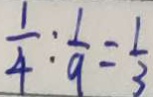
\frac { 1 } { 4 } : \frac { 1 } { 9 } = \frac { 1 } { 3 }